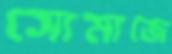
সোমাজে